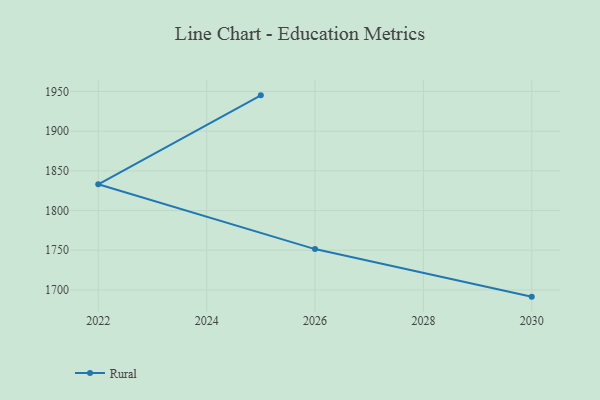
{"axis": {"x": "Year", "y": "Waste Production (Tons)"}, "legend": ["Rural"], "data": [{"x": "2030", "y": 1691.5, "type": "Rural"}, {"x": "2026", "y": 1751.4, "type": "Rural"}, {"x": "2022", "y": 1833.0, "type": "Rural"}, {"x": "2025", "y": 1945.1, "type": "Rural"}]}